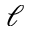
\ell